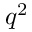
q ^ { 2 }